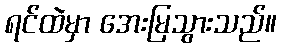
ရင်ထဲမှာ အေးမြသွားသည်။